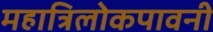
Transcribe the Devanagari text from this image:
महात्रिलोकपावनी